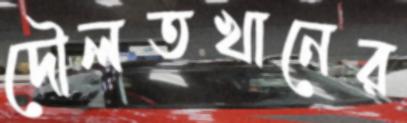
দৌলতখানের